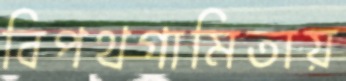
বিপথগামিতায়